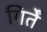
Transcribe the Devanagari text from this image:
गिर्तें